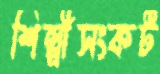
শিল্পীসংকট